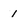
Character: l